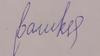
Signature authenticity: forged